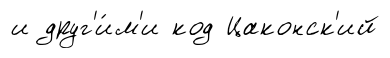
и друг'и́м'и код Цаконск'ий